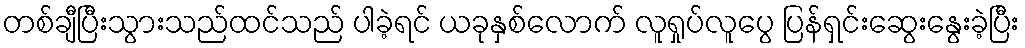
တစ်ချီပြီးသွားသည်ထင်သည် ပါခဲ့ရင် ယခုနှစ်လောက် လူရှုပ်လူပွေ ပြန်ရှင်းဆွေးနွေးခဲ့ပြီး